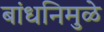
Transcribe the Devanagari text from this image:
बांधनिमुळे